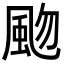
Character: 𩖨